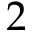
2